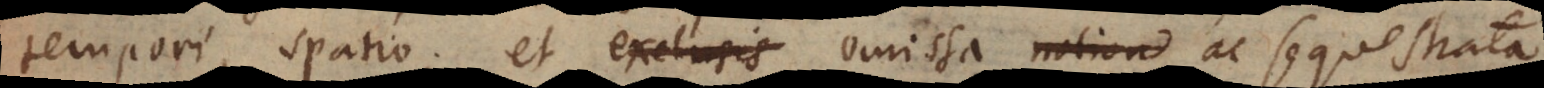
tempori, spatio; et exclusis omissa notion ac sequestrata